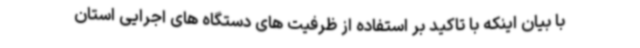
با بیان اینکه با تاکید بر استفاده از ظرفیت های دستگاه های اجرایی استان